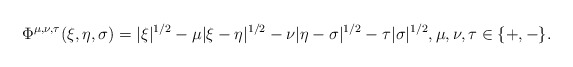
\begin{align*}\Phi^{\mu, \nu, \tau}(\xi,\eta, \sigma)= |\xi|^{1/2} -\mu |\xi-\eta|^{1/2} - \nu |\eta-\sigma|^{1/2} - \tau |\sigma|^{1/2}, \mu, \nu , \tau\in\{+,-\}.\end{align*}